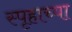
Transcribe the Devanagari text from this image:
स्पृहाच्या